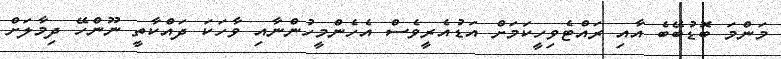
މަންމަ ބޮޑުބޭބެ އާއި ރައްޓެވިހީކަމަށް އަޑުއެރީވެސް އެހެންމީހުންނާއި ވާހަކަ ދައްކާތީ ނޫންހޭ ދިމާލަށް